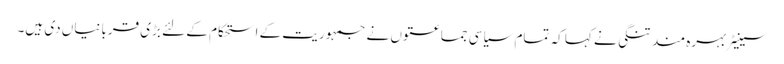
سینیٹر بہرہ مند تنگی نے کہا کہ تمام سیاسی جماعتوں نے جمہوریت کے استحکام کے لئے بڑی قربانیاں دی ہیں۔